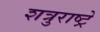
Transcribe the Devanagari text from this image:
शत्रुराष्ट्रे